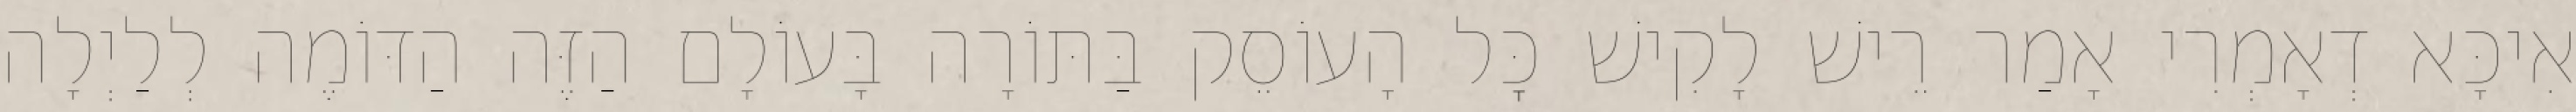
אִיכָּא דְאָמְרִי אָמַר רֵישׁ לָקִישׁ כׇּל הָעוֹסֵק בַּתּוֹרָה בָּעוֹלָם הַזֶּה הַדּוֹמֶה לְלַיְלָה